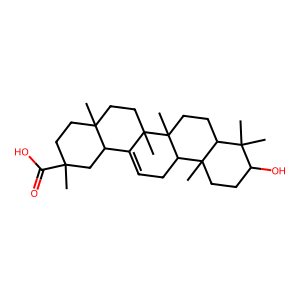
SMILES: CC1(C(=O)O)CCC2(C)CCC3(C)C(=CCC4C5(C)CCC(O)C(C)(C)C5CCC43C)C2C1
Inhibits HIV replication: No